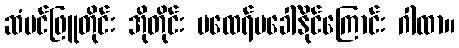
ဆံပင်ဖြူတိုင်း အိုတိုင်း မထေရ်မခေါ်နိုင်ကြောင်း ဂါထာ။